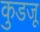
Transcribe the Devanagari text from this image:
कुडजू